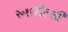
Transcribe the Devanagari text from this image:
२०११दिल्ली